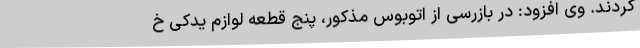
کردند. وی افزود: در بازرسی از اتوبوس مذکور، پنج قطعه لوازم یدکی خ